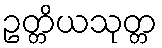
ဥတ္တိယသုတ္တ